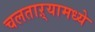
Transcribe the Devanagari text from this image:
चलताऱ्यामध्ये